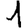
Digit: 1